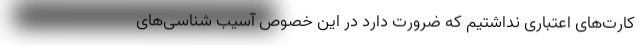
کارت‌های اعتباری نداشتیم که ضرورت دارد در این خصوص آسیب شناسی‌های